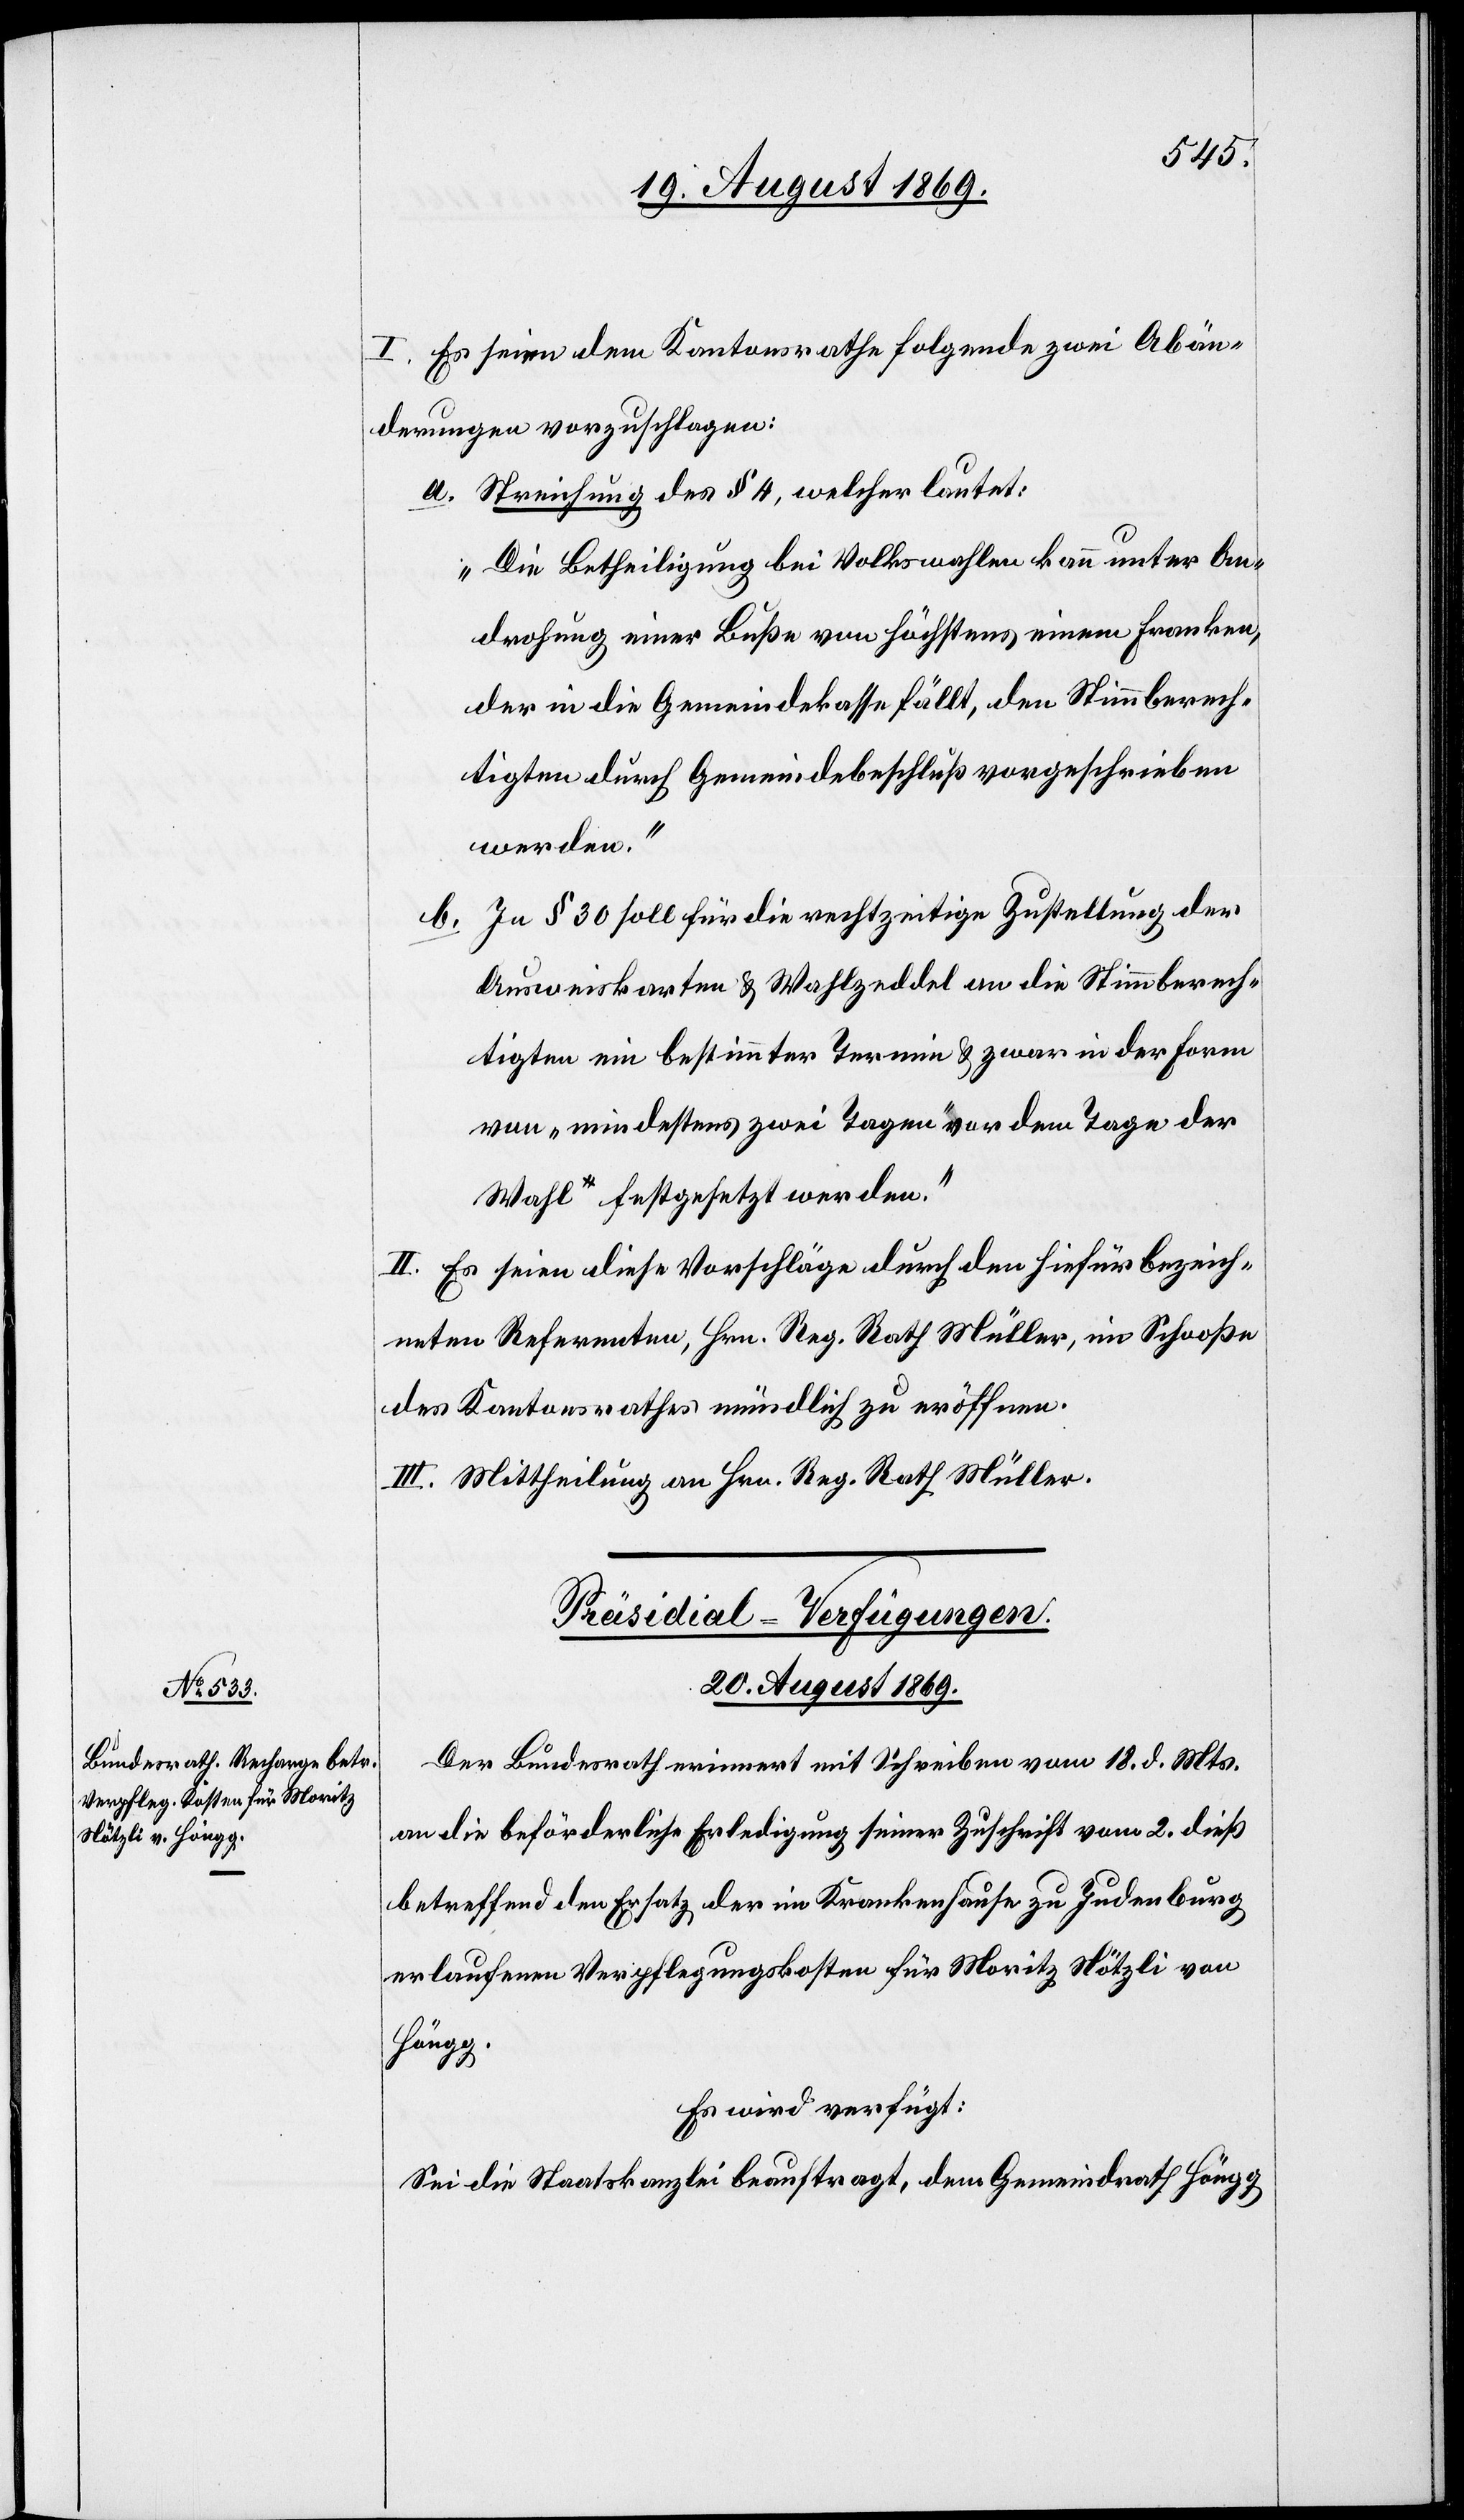
I. Es seien dem Kantonsrathe folgende zwei Abän¬
derungen vorzuschlagen:
a. Streichung des § 4, welcher lautet:
„Die Betheiligung bei Volkswahlen kann unter An¬
drohung einer Buße von höchstens einem Franken,
der in die Gemeindekasse fällt, den Stimmberech¬
tigten durch Gemeindebeschluß vorgeschrieben
werden.“
b. In § 30 soll für die rechtzeitige Zustellung der
Ausweiskarten & Wahlzeddel an die Stimmberech¬
tigten ein bestimmter Termin & zwar in der Form
von „mindestens zwei Tagen“ vor dem Tage der
Wahl festgesetzt werden.“
II. Es seien diese Vorschläge durch den hiefür bezeich¬
neten Referenten, Hrn. Reg. Rath Müller, im Schooße
des Kantonsrathes mündlich zu eröffnen.
III. Mittheilung an Hrn. Reg. Rath Müller.
Präsidial-Verfügungen.
20. August 1869.
Der Bundesrath erinnert mit Schreiben vom 18. d. Mts.
an die beförderliche Erledigung seiner Zuschrift vom 2. dieß
betreffend den Ersatz der im Krankenhause zu Judenburg
erlaufenen Verpflegungskosten für Moritz Nötzli von
Höngg.
Es wird verfügt:
Sei die Staatskanzlei beauftragt, dem [sic!] Gemeindrath Höngg